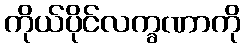
ကိုယ်ပိုင်လက္ခဏာကို